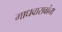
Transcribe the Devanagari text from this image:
माधवारावांना